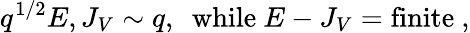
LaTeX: q^{1/2}E,J_{V}\sim q,~~\mathrm{while}~E-J_{V}=\mathrm{finite}\ ,